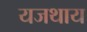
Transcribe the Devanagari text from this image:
यजथाय